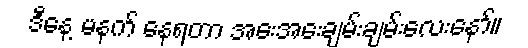
ဒီနေ့ မနက် နေရတာ အေးအေးချမ်းချမ်းလေးနော်။